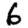
Digit: 6